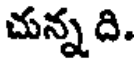
చున్న ది.